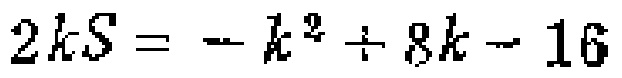
\(2kS=-k^{2}+8k - 16\)